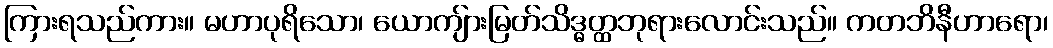
ကြားရသည်ကား။ မဟာပုရိသော၊ ယောကျ်ားမြတ်သိဒ္ဓတ္ထဘုရားလောင်းသည်။ ကတဘိနီဟာရော၊